Distribution and causation of leprosy in British India
Year: 1875
Disease focus: Leprosy
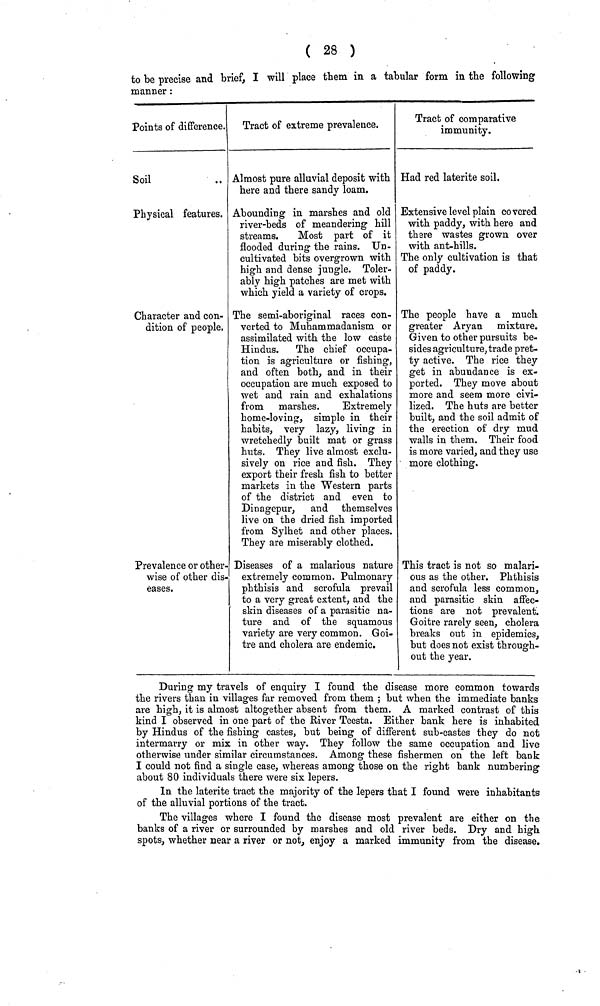
( 28 )
to be precise and brief, I will place them in a tabular form in the following
manner :
Points of difference.
Soil
Physical features.
Character and con-
dition of people.
Prevalence or other-
wise of other dis-
eases.
Tract of extreme prevalence.
Almost pure alluvial deposit with
here and there sandy loam.
Abounding in marshes and old
river-beds of meandering hill
streams.
Most part of it
flooded during the rains. Un-
cultivated bits overgrown with
high and dense jungle. Toler-
ably high patches are met with
which yield a variety of crops.
The semi-aboriginal races con-
verted to Muhammadanism or
assimilated with the low caste
Hindus.
The chief occupa-
tion is agriculture or fishing,
and often both, and in their
occupation are much exposed to
wet and rain and exhalations
from marshes.
Extremely
home-loving, simple in their
habits, very lazy, living in
wretchedly built mat or grass
huts. They live almost exclu-
sively on rice and fish. They
export their fresh fish to better
markets in the Western parts
of the district and even to
Dinagepur, and themselves
live on the dried fish imported
from Sylhet and other places.
They are miserably clothed.
Diseases of a malarious nature
extremely common. Pulmonary
phthisis and scrofula prevail
to a very great extent, and the
skin diseases of a parasitic na-
ture and of the squamous
variety are very common. Goi-
tre and cholera are endemic.
Tract of comparative
immunity.
Had red laterite soil.
Extensive level plain covered
with paddy, with here and
there wastes grown over
with ant-hills.
The only cultivation is that
of paddy.
The people have a much
greater Aryan mixture.
Given to other pursuits be-
sides agriculture, trade pret-
ty active. The rice they
get in abundance is ex-
ported. They move about
more and seem more civi-
lized. The huts are better
built, and the soil admit of
the erection of dry mud
walls in them. Their food
is more varied, and they use
more clothing.
This tract is not so malari-
ous as the other. Phthisis
and scrofula less common,
and parasitic skin affec-
tions are not prevalent
Goitre rarely seen, cholera
breaks out in epidemics,
but does not exist through
out the year.
Daring my travels of enquiry I found the disease more common towards
the rivers than in villages far removed from them ; but when the immediate banks
are high, it is almost altogether absent from them. A marked contrast of this
kind I observed in one part of the River Teesta. Either bank here is inhabited
by Hindus of the fishing castes, but being of different sub-castes they do not
intermarry or mix in other way. They follow the same occupation and live
otherwise under similar circumstances. Among these fishermen on the left bank
I could not find a single case, whereas among those on the right bank numbering
about 80 individuals there were six lepers.
In the laterite tract the majority of the lepers that I found were inhabitants
of the alluvial portions of the tract.
The villages where I found the disease most prevalent are either on the
banks of a river or surrounded by marshes and old river beds. Dry and high
spots, whether near a river or not, enjoy a marked immunity from the disease.